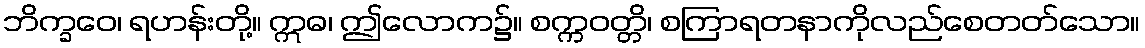
ဘိက္ခဝေ၊ ရဟန်းတို့။ ဣဓ၊ ဤလောက၌။ စက္ကဝတ္တိ၊ စကြာရတနာကိုလည်စေတတ်သော။